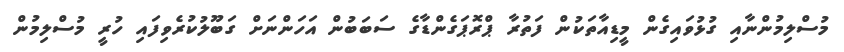
މުސްލިމުންނާއި ގުޅުވައިގެން މީޑިއާތަކުން ފަތުރާ ޕްރޮޕަގެންޑާގެ ސަބަބުން އަހަންނަށް ގަބޫލުކުރެވިފައި ހުރީ މުސްލިމުން